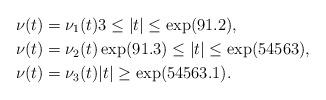
LaTeX: \begin{align*} \nu(t)&=\nu_1(t)3\le |t| \le \exp(91.2),\\ \nu(t)&=\nu_2(t)\exp(91.3)\le |t|\le \exp(54563),\\ \nu(t)&=\nu_3(t)|t|\ge \exp(54563.1).\\\end{align*}